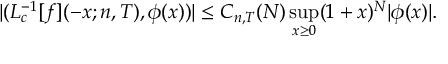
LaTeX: | ( L _ { c } ^ { - 1 } [ f ] ( - x ; n , T ) , \phi ( x ) ) | \leq C _ { n , T } ( N ) \operatorname * { s u p } _ { x \geq 0 } ( 1 + x ) ^ { N } | \phi ( x ) | .